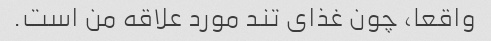
واقعا، چون غذای تند مورد علاقه من است.